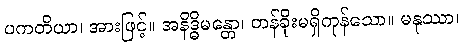
ပကတိယာ၊ အားဖြင့်။ အနိဒ္ဓိမန္တော၊ တန်ခိုးမရှိကုန်သော။ မနုဿာ၊